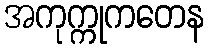
အကုက္ကုကတေန